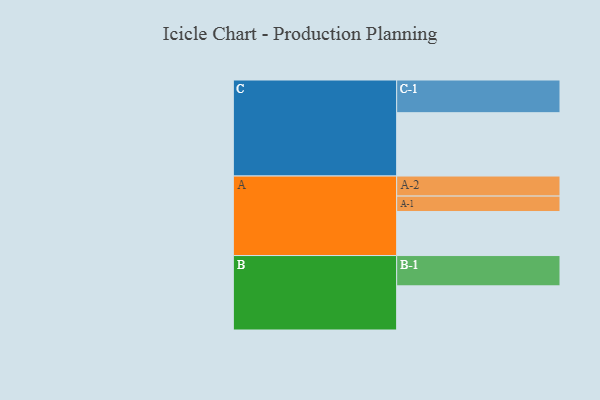
{"axis": {"x": "Segment", "y": "Value"}, "legend": ["", "A", "B", "C"], "data": [{"x": "A", "y": 400, "type": ""}, {"x": "B", "y": 401, "type": ""}, {"x": "C", "y": 575, "type": ""}, {"x": "A-1", "y": 140, "type": "A"}, {"x": "A-2", "y": 182, "type": "A"}, {"x": "B-1", "y": 275, "type": "B"}, {"x": "C-1", "y": 297, "type": "C"}]}